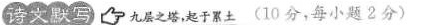
诗文默写 九层之塔，起于累土(10分，每小题2分)